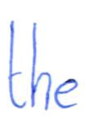
Text: the
Cross-out: clean
Writing tool: ballpoint